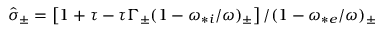
\hat { \sigma } _ { \pm } = \left[ 1 + \tau - \tau \Gamma _ { \pm } ( 1 - \omega _ { * i } / \omega ) _ { \pm } \right] / ( 1 - \omega _ { * e } / \omega ) _ { \pm }